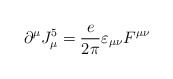
\begin{align*}\partial^\mu J^5_\mu = {\frac{e}{2\pi}}\varepsilon_{\mu\nu}F^{\mu\nu} \end{align*}